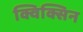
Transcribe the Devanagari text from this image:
क्विक्सिन